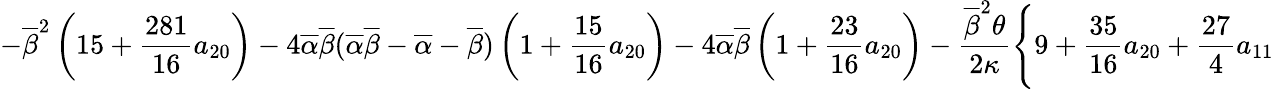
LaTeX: \displaystyle{-\overline{{\beta}}^{2}\left(15+\frac{281}{16}a_{20}\right)-4\overline{{\alpha}}\overline{{\beta}}(\overline{{\alpha}}\overline{{\beta}}-\overline{{\alpha}}-\overline{{\beta}})\left(1+\frac{15}{16}a_{20}\right)-4\overline{{\alpha}}\overline{{\beta}}\left(1+\frac{23}{16}a_{20}\right)-\frac{\overline{{\beta}}^{2}\theta}{2\kappa}\Bigg\{ 9+\frac{35}{16}a_{20}+\frac{27}{4}a_{11}}